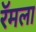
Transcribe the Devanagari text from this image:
रॅमला